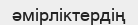
әмірліктердің